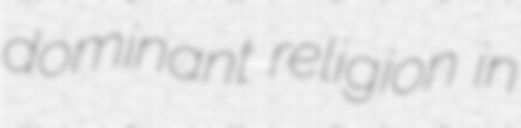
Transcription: dominant religion in